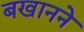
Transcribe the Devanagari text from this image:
बखानने